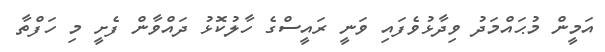
އަމީން މުޙައްމަދު ވިދާޅުވެފައި ވަނީ ރައީސްގެ ހާލުކޮޅު ދައްވާން ފެށީ މި ހަފްތާ